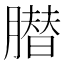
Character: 𦠛